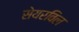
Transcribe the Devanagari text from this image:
सेयरविल